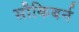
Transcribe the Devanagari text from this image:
सौकिबर्न